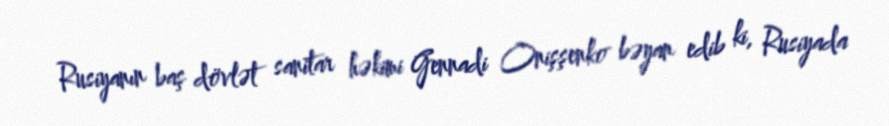
Rusiyanın baş dövlət sanitar həkimi Gennadi Onişşenko bəyan edib ki, Rusiyada